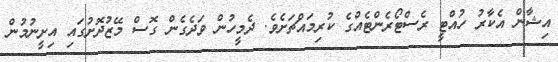
އިޝާން އެކާރު ހުއްޓީ ރެސްޓޯރެންޓެއްގެ ކުރިމައްޗަށެވެ. ދެމީހުން ވަދެގެން ގޮސް މޭޒުދޮށުގައި އިށީނުމުން